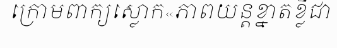
ក្រោមពាក្យស្លោក«ភាពយន្តខ្នាតខ្លីជា